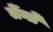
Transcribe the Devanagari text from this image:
तेंनो